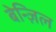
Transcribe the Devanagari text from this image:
बेन्ज़िल